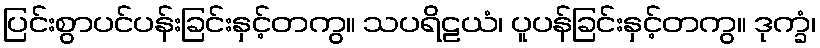
ပြင်းစွာပင်ပန်းခြင်းနှင့်တကွ။ သပရိဠယံ၊ ပူပန်ခြင်းနှင့်တကွ။ ဒုက္ခံ၊